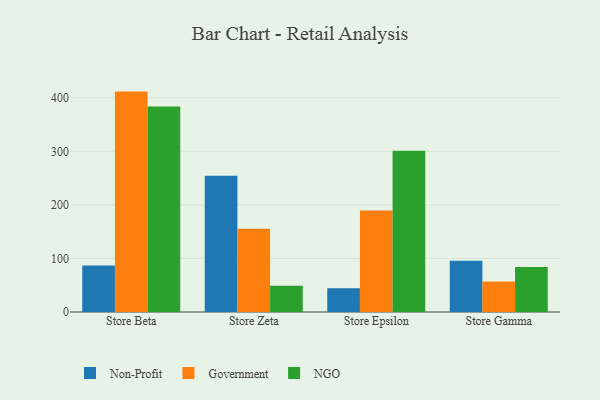
{"axis": {"x": "Store", "y": "Temperature (°C)"}, "legend": ["Government", "NGO", "Non-Profit"], "data": [{"x": "Store Beta", "y": 86.6, "type": "Non-Profit"}, {"x": "Store Beta", "y": 411.5, "type": "Government"}, {"x": "Store Beta", "y": 383.7, "type": "NGO"}, {"x": "Store Zeta", "y": 254.6, "type": "Non-Profit"}, {"x": "Store Zeta", "y": 155.6, "type": "Government"}, {"x": "Store Zeta", "y": 49.1, "type": "NGO"}, {"x": "Store Epsilon", "y": 44.2, "type": "Non-Profit"}, {"x": "Store Epsilon", "y": 189.3, "type": "Government"}, {"x": "Store Epsilon", "y": 300.9, "type": "NGO"}, {"x": "Store Gamma", "y": 95.5, "type": "Non-Profit"}, {"x": "Store Gamma", "y": 56.8, "type": "Government"}, {"x": "Store Gamma", "y": 83.9, "type": "NGO"}]}